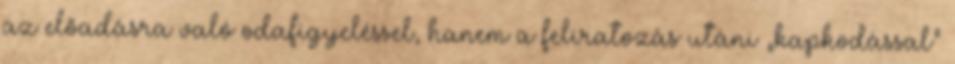
az előadásra való odafigyeléssel, hanem a feliratozás utáni „kapkodással”